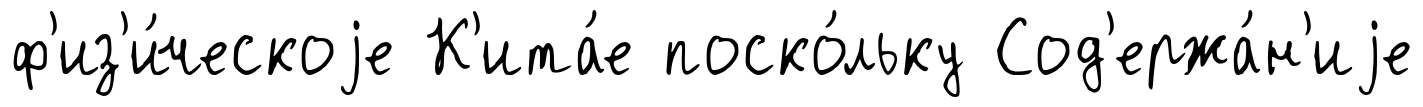
ф'из'и́ческоjе К'ита́е поско́льку Сод'ержа́н'иjе